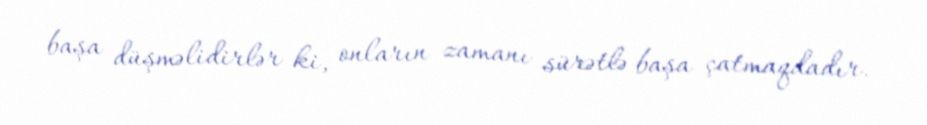
başa düşməlidirlər ki, onların zamanı sürətlə başa çatmaqdadır.